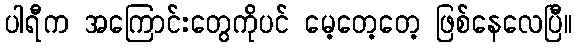
ပါရီက အကြောင်းတွေကိုပင် မေ့တေ့တေ့ ဖြစ်နေလေပြီ။